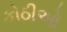
કોઠીઓ